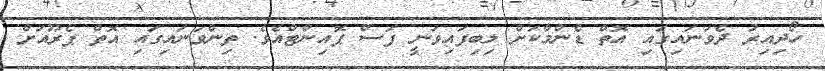
ހޯދިއިރު ދެވަނައިގައި އޮތް ޑެންމާކަށް ލިބިފައިވަނީ ފަސް ޕޮއިންޓްއެވެ. ތިންވަނައިގައި އޮތް ޕެރޫއަށް